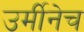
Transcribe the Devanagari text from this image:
उर्मीनेच